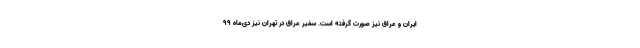
ایران و عراق نیز صورت گرفته است. سفیر عراق در تهران نیز دی‌ماه ۹۹